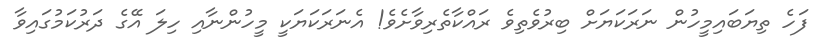
ފަހެ ތިޔަބައިމީހުން ނަރަކަޔަށް ބިރުވެތިވެ ރައްކާތެރިވާށެވެ! އެނަރަކަޔަކީ މީހުންނާއި ހިލަ އޭގެ ދަރުކަމުގައިވާ